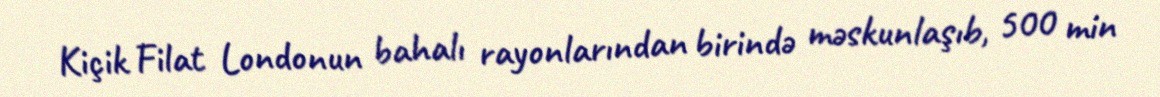
Kiçik Filat Londonun bahalı rayonlarından birində məskunlaşıb, 500 min